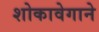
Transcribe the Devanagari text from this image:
शोकावेगाने